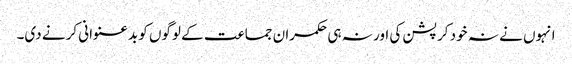
انہوں نے نہ خود کرپشن کی اور نہ ہی حکمران جماعت کے لوگوں کو بدعنوانی کرنے دی۔